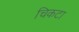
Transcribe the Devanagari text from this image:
चिकटा